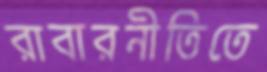
রাবারনীতিতে